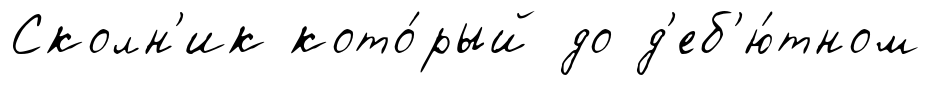
Сколн'ик кото́рый до д'еб'ю́тном